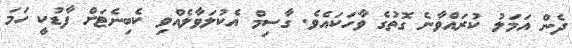
ދެން އަމަލު ކުރައްވާނެ ގޮތުގެ ވާހަކައެވެ. ގާސިމް އެކުލަވާލެއްވި ކެބިނެޓަށް ފާޑުކީ ހަމަ